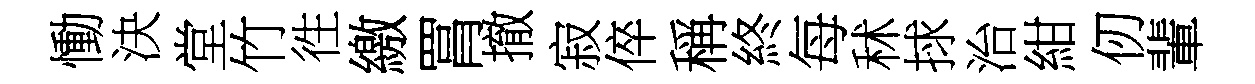
慟決堂竹徃繳罥撤寂倅稱終每秫捄治紺仞輩